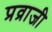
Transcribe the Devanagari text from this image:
प्रव्राजी